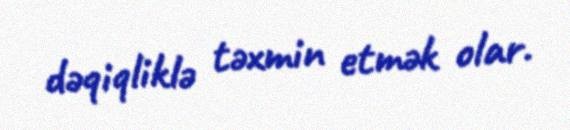
dəqiqliklə təxmin etmək olar.